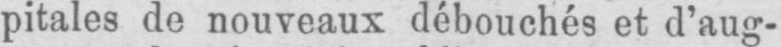
pitales de nouveaux débouchés et d’aug-